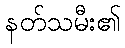
နတ်သမီး၏